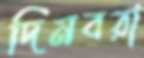
দিনবরা